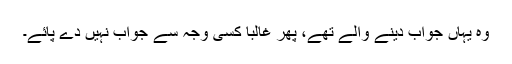
وہ یہاں جواب دینے والے تھے، پھر غالباً کسی وجہ سے جواب نہیں دے پائے۔